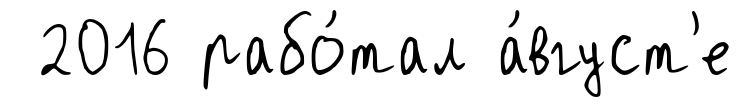
2016 рабо́тал а́вгуст'е